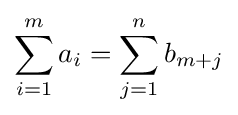
\sum _{i=1}^{m}{a_{i}}=\sum _{j=1}^{n}{b_{m+j}}